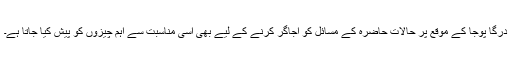
درگا پوجا کے موقع پر حالات حاضرہ کے مسائل کو اجاگر کرنے کے لیے بھی اسی مناسبت سے اہم چیزوں کو پیش کیا جاتا ہے۔